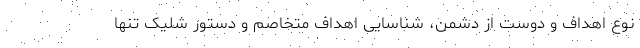
نوع اهداف و دوست از دشمن، شناسایی اهداف متخاصم و دستور شلیک تنها